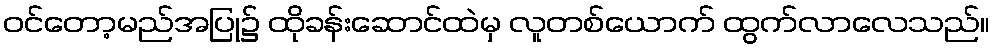
ဝင်တော့မည်အပြု၌ ထိုခန်းဆောင်ထဲမှ လူတစ်ယောက် ထွက်လာလေသည်။